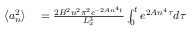
\begin{array} { r l } { \langle a _ { n } ^ { 2 } \rangle } & { { } = \frac { 2 B ^ { 2 } n ^ { 2 } \pi ^ { 2 } e ^ { - 2 A n ^ { 4 } t } } { L _ { x } ^ { 3 } } \int _ { 0 } ^ { t } e ^ { 2 A n ^ { 4 } \tau } d \tau } \end{array}